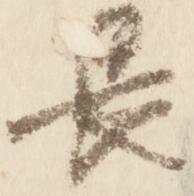
長